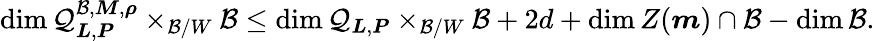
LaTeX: \dim\mathcal{Q}_{\boldsymbol{L},\boldsymbol{P}}^{\mathcal{B},\boldsymbol{M},\boldsymbol{\rho}}\times_{\mathcal{B}/W}\mathcal{B}\le\dim\mathcal{Q}_{\boldsymbol{L},\boldsymbol{P}}\times_{\mathcal{B}/W}\mathcal{B}+2d+\dim Z(\boldsymbol{m})\cap\mathcal{B}-\dim\mathcal{B}.